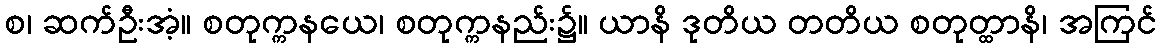
စ၊ ဆက်ဦးအံ့။ စတုက္ကနယေ၊ စတုက္ကနည်း၌။ ယာနိ ဒုတိယ တတိယ စတုတ္ထာနိ၊ အကြင်